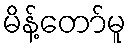
မိန့်တော်မူ